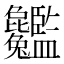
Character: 𦣸